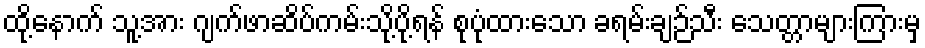
ထို့နောက် သူ့အား ဂျက်ဖာဆိပ်ကမ်းသို့ပို့ရန် စုပုံထားသော ခရမ်းချဉ်သီး သေတ္တာများကြားမှ